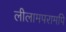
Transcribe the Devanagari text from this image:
लीलामपरामपि